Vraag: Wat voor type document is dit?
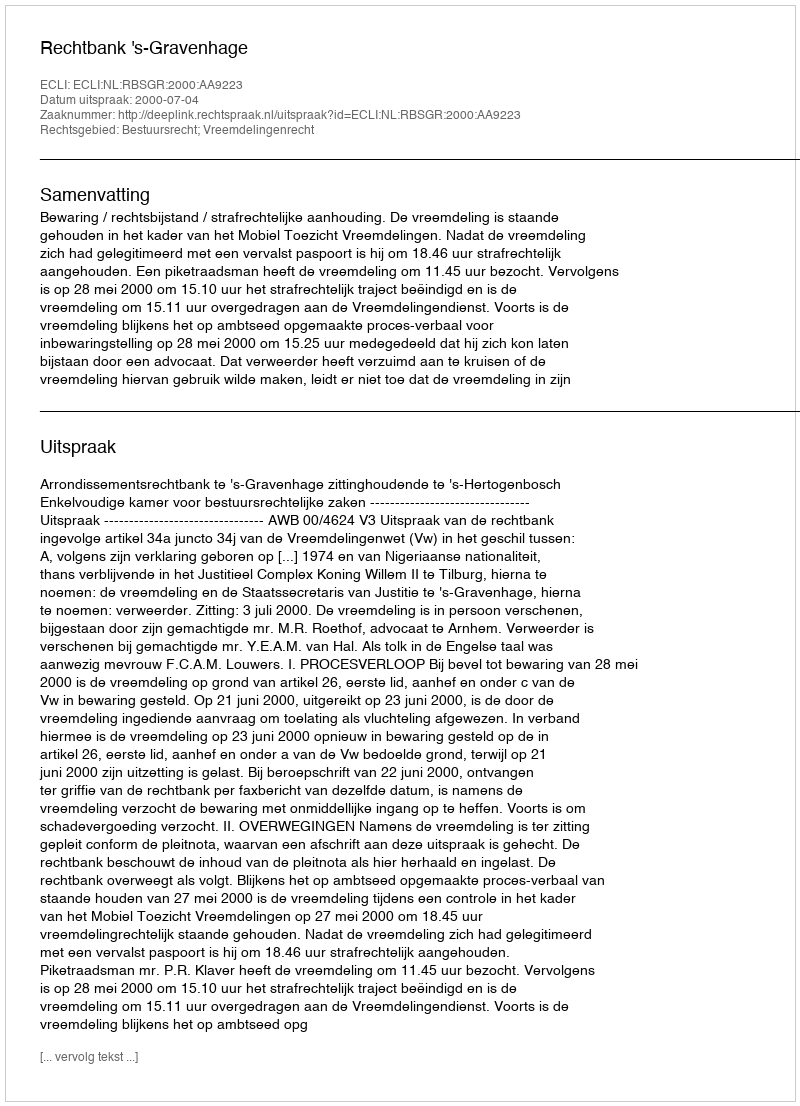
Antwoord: Uitspraak